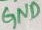
Text: GND